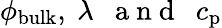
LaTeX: \phi_{\mathrm{bulk}},~\lambda\mathrm{~~~a~n~d~~~}c_{\mathrm{p}}